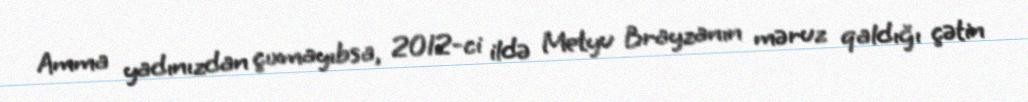
Amma yadınızdan çıxmayıbsa, 2012-ci ildə Metyu Brayzanın məruz qaldığı çətin